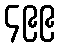
၄၉၉